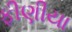
ફીણીયા